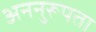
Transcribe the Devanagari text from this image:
अननुरूपता